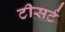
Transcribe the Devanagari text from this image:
टीसर्ट